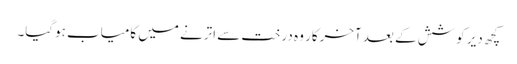
کچھ دیر کوشش کے بعد آخرکار وہ درخت سے اترنے میں کامیاب ہوگیا۔